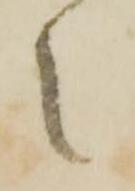
之